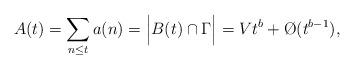
LaTeX: \begin{align*}A(t) = \mathop{\sum}\limits_{n \leq t}a(n) = \Big{|}B(t)\cap\Gamma\Big{|} = Vt^b + \O(t^{b-1}),\end{align*}